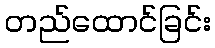
တည်ထောင်ခြင်း